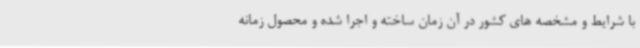
با شرایط و مشخصه های کشور در آن زمان ساخته و اجرا شده و محصول زمانه